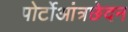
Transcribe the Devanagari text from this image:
पोर्टोआंत्रछेदन